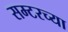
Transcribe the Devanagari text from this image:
सम्टरच्या